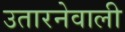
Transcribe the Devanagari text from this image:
उतारनेवाली